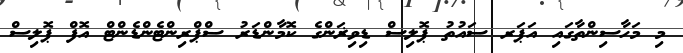
މި މަހާސިންތާގައި އަޕަރ ސައުތު ޕޮލިސް ޑިވިޜަންގެ ކޮމާންޑަރު ސްޕްރިންޓެންޑެންޓް އޮފް ޕޮލިސް